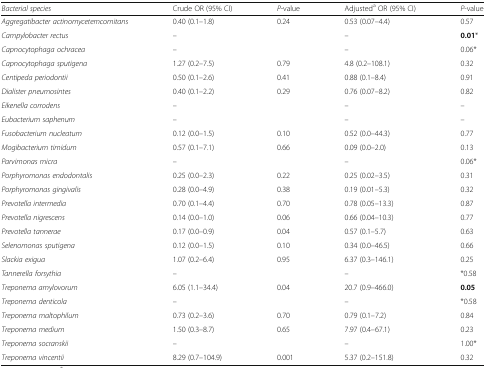
<table><thead><tr><td><b><i>Bacterial species</i></b></td><td><b>Crude OR (95% CI)</b></td><td><b><i>P</i>-value</b></td><td><b>Adjusted<sup>a</sup> OR (95% CI)</b></td><td><b><i>P</i>-value</b></td></tr></thead><tbody><tr><td><i>Aggregatibacter actinomycetemcomitans</i></td><td>0.40 (0.1–1.8)</td><td>0.24</td><td>0.53 (0.07–4.4)</td><td>0.57</td></tr><tr><td><i>Campylobacter rectus</i></td><td>–</td><td></td><td>–</td><td><b>0.01</b>*</td></tr><tr><td><i>Capnocytophaga ochracea</i></td><td>–</td><td></td><td>–</td><td>0.06*</td></tr><tr><td><i>Capnocytophaga sputigena</i></td><td>1.27 (0.2–7.5)</td><td>0.79</td><td>4.8 (0.2–108.1)</td><td>0.32</td></tr><tr><td><i>Centipeda periodontii</i></td><td>0.50 (0.1–2.6)</td><td>0.41</td><td>0.88 (0.1–8.4)</td><td>0.91</td></tr><tr><td><i>Dialister pneumosintes</i></td><td>0.40 (0.1–2.2)</td><td>0.29</td><td>0.76 (0.07–8.2)</td><td>0.82</td></tr><tr><td><i>Eikenella corrodens</i></td><td>–</td><td></td><td>–</td><td>–</td></tr><tr><td><i>Eubacterium saphenum</i></td><td>–</td><td></td><td>–</td><td>–</td></tr><tr><td><i>Fusobacterium nucleatum</i></td><td>0.12 (0.0–1.5)</td><td>0.10</td><td>0.52 (0.0–44.3)</td><td>0.77</td></tr><tr><td><i>Mogibacterium timidum</i></td><td>0.57 (0.1–7.1)</td><td>0.66</td><td>0.09 (0.0–2.0)</td><td>0.13</td></tr><tr><td><i>Parvimonas micra</i></td><td>–</td><td></td><td>–</td><td>0.06*</td></tr><tr><td><i>Porphyromonas endodontalis</i></td><td>0.25 (0.0–2.3)</td><td>0.22</td><td>0.25 (0.02–3.5)</td><td>0.31</td></tr><tr><td><i>Porphyromonas gingivalis</i></td><td>0.28 (0.0–4.9)</td><td>0.38</td><td>0.19 (0.01–5.3)</td><td>0.32</td></tr><tr><td><i>Prevotella intermedia</i></td><td>0.70 (0.1–4.4)</td><td>0.70</td><td>0.78 (0.05–13.3)</td><td>0.87</td></tr><tr><td><i>Prevotella nigrescens</i></td><td>0.14 (0.0–1.0)</td><td>0.06</td><td>0.66 (0.04–10.3)</td><td>0.77</td></tr><tr><td><i>Prevotella tannerae</i></td><td>0.17 (0.0–0.9)</td><td>0.04</td><td>0.57 (0.1–5.7)</td><td>0.63</td></tr><tr><td><i>Selenomonas sputigena</i></td><td>0.12 (0.0–1.5)</td><td>0.10</td><td>0.34 (0.0–46.5)</td><td>0.66</td></tr><tr><td><i>Slackia exigua</i></td><td>1.07 (0.2–6.4)</td><td>0.95</td><td>6.37 (0.3–146.1)</td><td>0.25</td></tr><tr><td><i>Tannerella forsythia</i></td><td>–</td><td></td><td>–</td><td>*0.58</td></tr><tr><td><i>Treponema amylovorum</i></td><td>6.05 (1.1–34.4)</td><td>0.04</td><td>20.7 (0.9–466.0)</td><td><b>0.05</b></td></tr><tr><td><i>Treponema denticola</i></td><td>–</td><td></td><td>–</td><td>*0.58</td></tr><tr><td><i>Treponema maltophilum</i></td><td>0.73 (0.2–3.6)</td><td>0.70</td><td>0.79 (0.1–7.2)</td><td>0.84</td></tr><tr><td><i>Treponema medium</i></td><td>1.50 (0.3–8.7)</td><td>0.65</td><td>7.97 (0.4–67.1)</td><td>0.23</td></tr><tr><td><i>Treponema socranskii</i></td><td>–</td><td></td><td>–</td><td>1.00*</td></tr><tr><td><i>Treponema vincentii</i></td><td>8.29 (0.7–104.9)</td><td>0.001</td><td>5.37 (0.2–151.8)</td><td>0.32</td></tr></tbody></table>